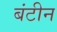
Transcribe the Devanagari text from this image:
बंटीन